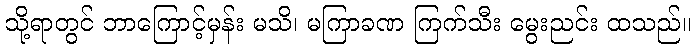
သို့ရာတွင် ဘာကြောင့်မှန်း မသိ၊ မကြာခဏ ကြက်သီး မွေးညင်း ထသည်။